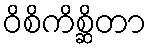
ဝိစိကိစ္ဆိတာ